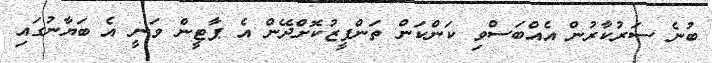
ބުނެ ސަރުކާރުން އެއްބަސްވި ކަންކަން ތަންފީޒުކޮށްދޭން އެ ޕާޓީން ވަނީ އެ ބަޔާނުގައި